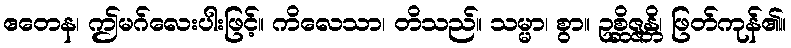
ဧတေန၊ ဤမဂ်လေးပါးဖြင့်။ ကိလေသာ၊ တိသည်။ သမ္မာ၊ စွာ။ ဥစ္ဆိဇ္ဇန္တိ၊ ဖြတ်ကုန်၏။